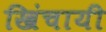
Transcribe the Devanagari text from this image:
खिंचायी